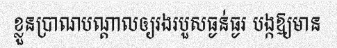
ខ្លួនប្រាណបណ្តាលឲ្យរងរបួសធ្ងន់ធ្ងរ បង្កឱ្យមាន